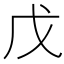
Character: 戊